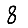
Digit: 8